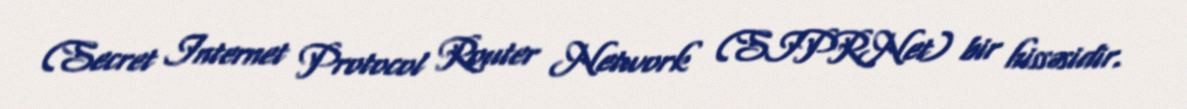
(Secret Internet Protocol Router Network (SIPRNet) bir hissəsidir.